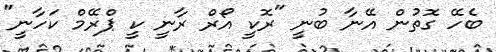
ބެހޭ ގޮތުން އޭނާ ބުނީ "ރޮކީ އޯރް ރާނީ ކީ ޕްރޭމް ކަހާނީ"